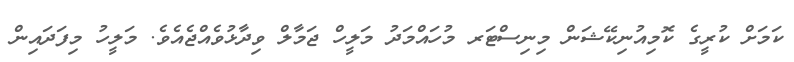
ކަމަށް ކުރީގެ ކޮމިއުނިކޭޝަން މިނިސްޓަރ މުހައްމަދު މަލީހް ޖަމާލް ވިދާޅުވެއްޖެއެވެ. މަލީހު މިފަދައިން